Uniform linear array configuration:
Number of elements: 8
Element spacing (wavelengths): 1
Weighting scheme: binomial
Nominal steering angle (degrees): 0
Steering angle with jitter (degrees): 0.9232
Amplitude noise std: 0.05
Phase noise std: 0.05

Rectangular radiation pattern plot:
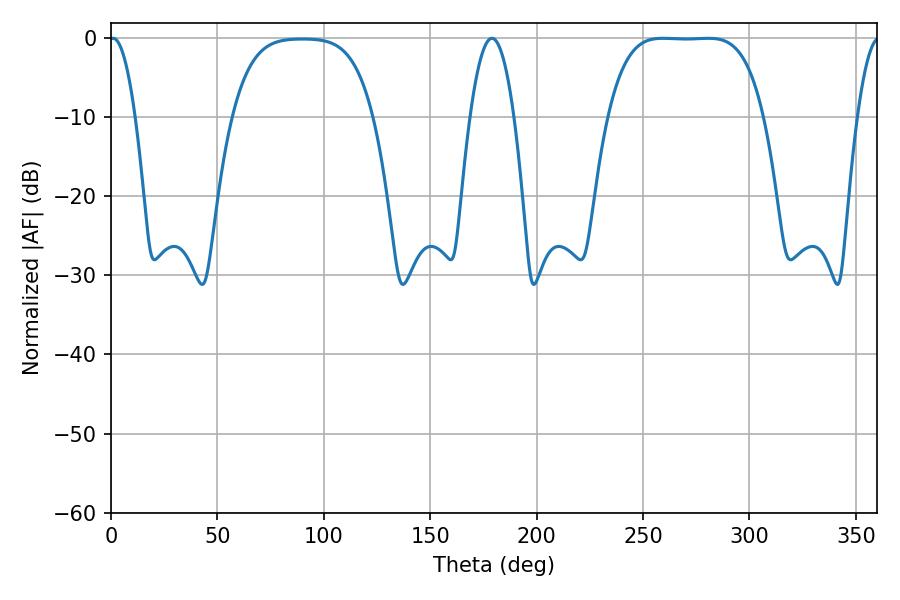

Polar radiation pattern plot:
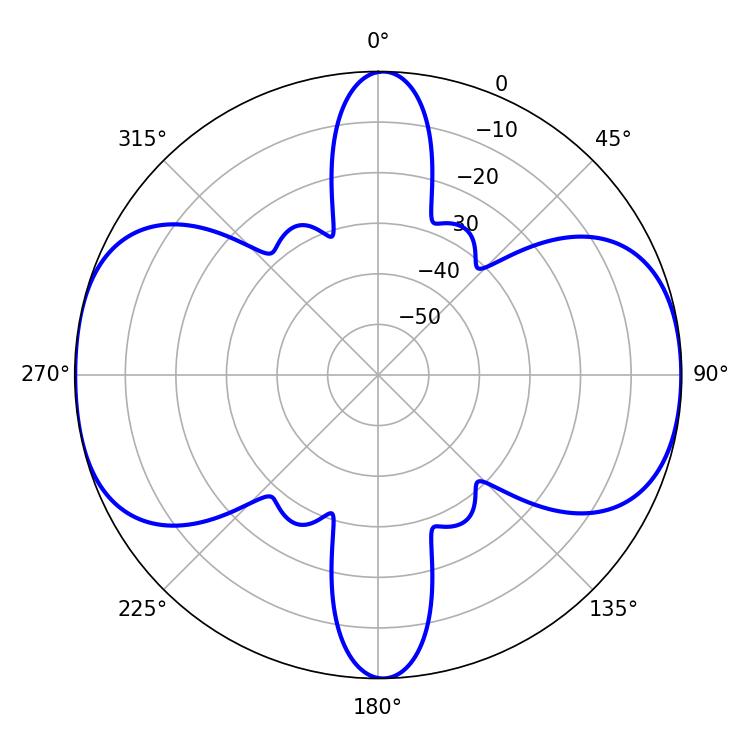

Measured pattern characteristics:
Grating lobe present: TRUE
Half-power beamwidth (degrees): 55.8
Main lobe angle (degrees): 259.38